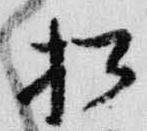
松